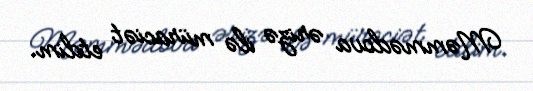
Məmmədova ərizə ilə müraciət etdim.